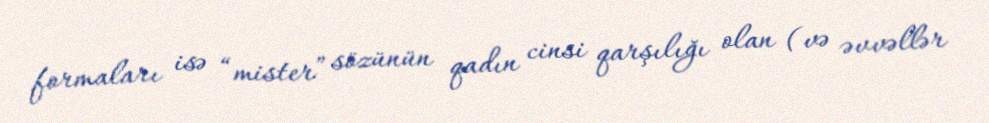
formaları isə “mister” sözünün qadın cinsi qarşılığı olan (və əvvəllər